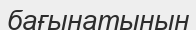
бағынатынын